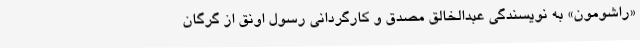
«راشومون» به نویسندگی عبدالخالق مصدق و کارگردانی رسول اونق از گرگان